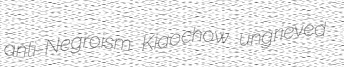
anti-Negroism Kiaochow ungrieved